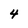
Character: 4